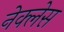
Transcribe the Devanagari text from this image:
नेक्लेस